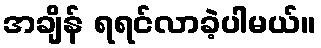
အချိန် ရရင်လာခဲ့ပါမယ်။